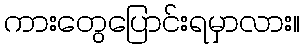
ကားတွေပြောင်းရမှာလား။